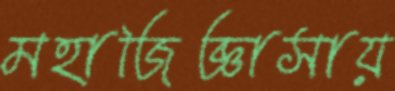
মহাজিজ্ঞাসায়